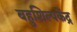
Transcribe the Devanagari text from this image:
बहुशिल्पकेंद्र